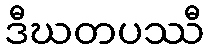
ဒီဃတပဿီ